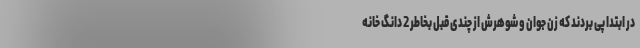
در ابتدا پی بردند که زن جوان و شوهرش از چندی قبل بخاطر 2 دانگ خانه